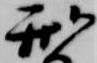
刑